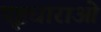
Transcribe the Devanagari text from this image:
पृष्टधाराओं